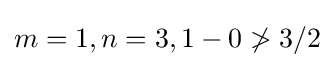
m=1,n=3,1-0\ngtr 3/2